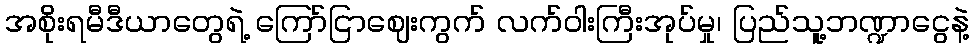
အစိုးရမီဒီယာတွေရဲ့ ကြော်ငြာဈေးကွက် လက်ဝါးကြီးအုပ်မှု၊ ပြည်သူ့ဘဏ္ဍာငွေနဲ့